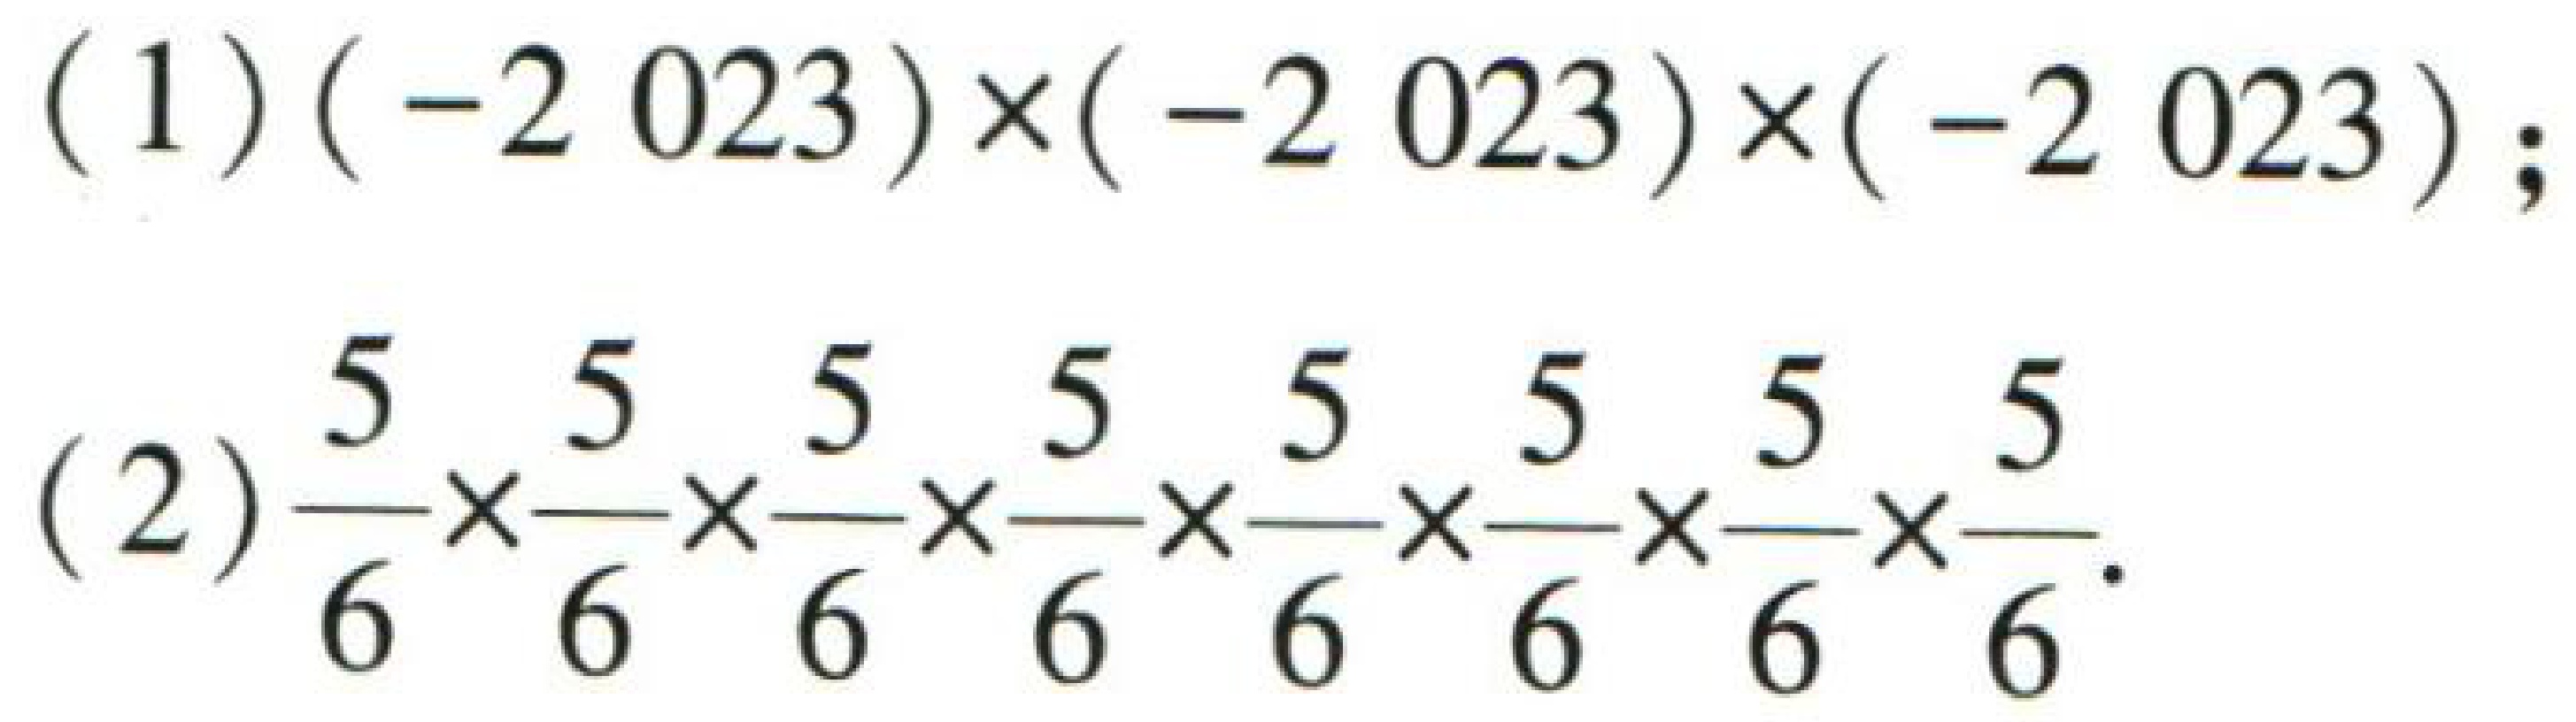
(1) \((-2023)\times(-2023)\times(-2023)\);
(2) \(\dfrac{5}{6}\times\dfrac{5}{6}\times\dfrac{5}{6}\times\dfrac{5}{6}\times\dfrac{5}{6}\times\dfrac{5}{6}\times\dfrac{5}{6}\times\dfrac{5}{6}\)